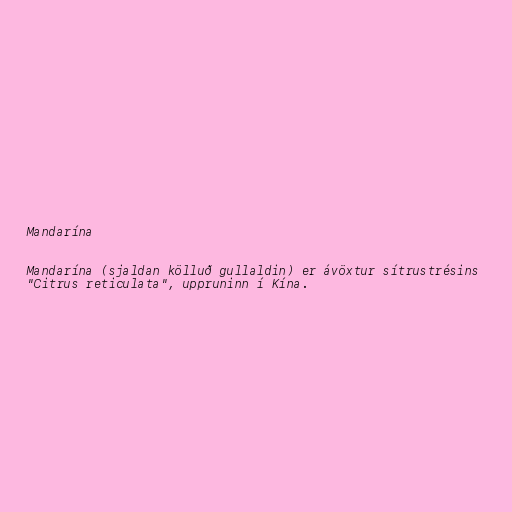
Mandarína

Mandarína (sjaldan kölluð gullaldin) er ávöxtur sítrustrésins
"Citrus reticulata", uppruninn í Kína.